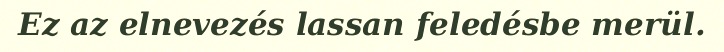
Ez az elnevezés lassan feledésbe merül.